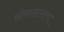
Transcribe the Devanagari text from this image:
सीमन्ताभरण